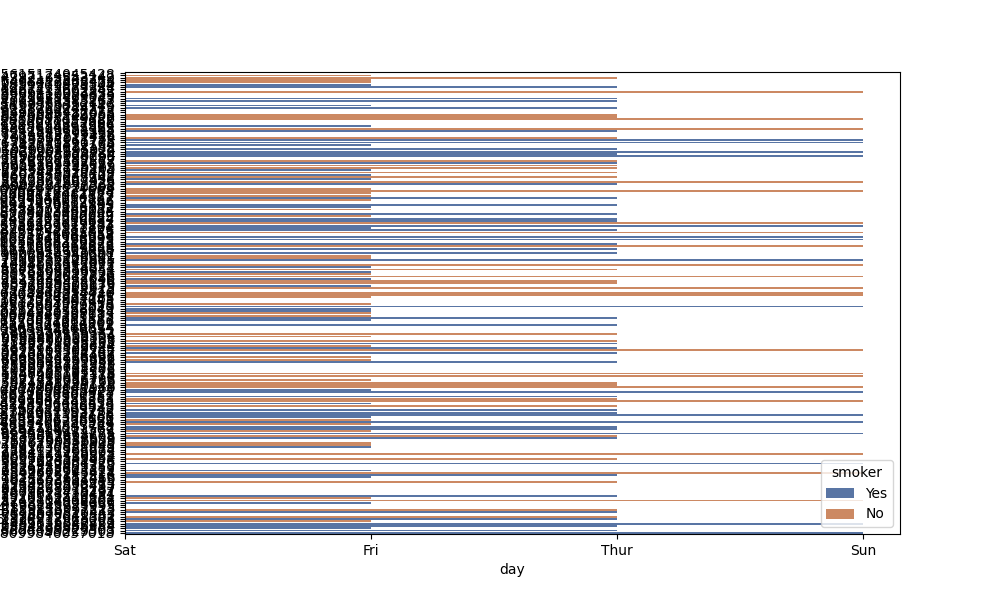
python, seaborn, barplot, hue='smoker', palette='deep', ci=None, orient='h'